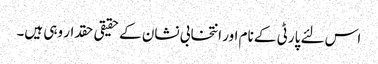
اس لئے پارٹی کے نام اور انتخابی نشان کے حقیقی حقدار وہی ہیں۔